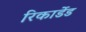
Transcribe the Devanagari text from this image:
रिकार्डेड